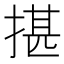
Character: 揕